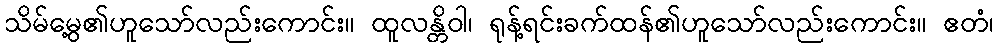
သိမ်မွေ့၏ဟူသော်လည်းကောင်း။ ထူလန္တိဝါ၊ ရုန့်ရင်းခက်ထန်၏ဟူသော်လည်းကောင်း။ ဧတံ၊